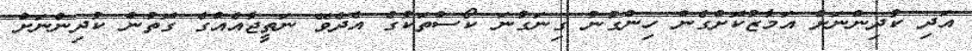
އަދި ކުދިންނަށް އަމާޒުކޮށްގެން ހިންގުނު ގިނަގުނަ ކޯސްތަކުގެ އެދެވޭ ނަތީޖާއެއްގެ ގޮތުން ކުދިންނަށް